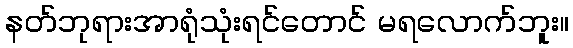
နတ်ဘုရားအာရုံသုံးရင်တောင် မရလောက်ဘူး။